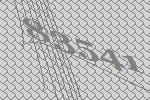
83541